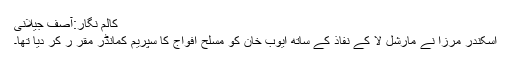
کالم نگار:آصف جیلانی
اسکندر مرزا نے مارشل لا کے نفاذ کے ساتھ ایوب خان کو مسلح افواج کا سپریم کمانڈر مقر ر کر دیا تھا۔